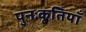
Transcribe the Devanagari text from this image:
पुनःकृतियाँ